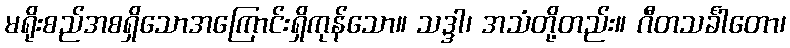
မရိုးစည်အစရှိသောအကြောင်းရှိကုန်သော။ သဒ္ဒါ၊ အသံတို့တည်း။ ဂီတသင်္ခါတော၊